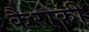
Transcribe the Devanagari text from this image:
कैराकी